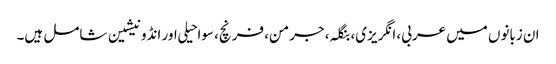
ان زبانوں میں عربی، انگریزی، بنگلہ، جرمن، فرنچ، سواحیلی اور انڈونیشین شامل ہیں۔